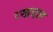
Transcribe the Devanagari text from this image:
रखडल